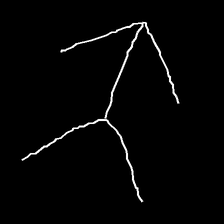
Glyph: gather